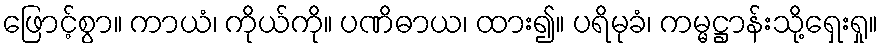
ဖြောင့်စွာ။ ကာယံ၊ ကိုယ်ကို။ ပဏိဓာယ၊ ထား၍။ ပရိမုခံ၊ ကမ္မဋ္ဌာန်းသို့ရှေးရှု။